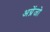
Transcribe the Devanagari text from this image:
अग्रेंजो